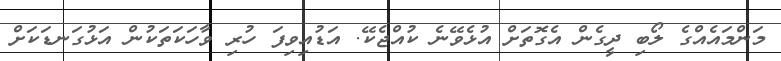
މަންމައެއްގެ ލޯބި ދީގެން އެގޮތަށް އުޅެވޭނެ ކުއްޖެކޭ. އަޑުއިވިފަ ހުރި ވާހަކަތަކުން އަޅުގަނޑަކަށް